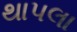
થાપલા